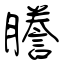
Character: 謄